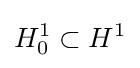
H_{0}^{1}\subset H^{1}